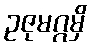
ဥဇုမဂ္ဂမှိ